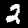
Label: 2